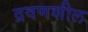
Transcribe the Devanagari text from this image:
द्रवणशील